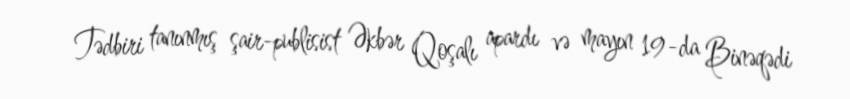
Tədbiri tanınmış şair-publisist Əkbər Qoşalı apardı və mayın 19-da Binəqədi